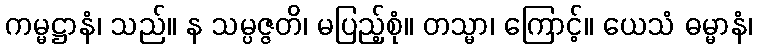
ကမ္မဋ္ဌာနံ၊ သည်။ န သမ္ပဇ္ဇတိ၊ မပြည့်စုံ။ တသ္မာ၊ ကြောင့်။ ယေသံ ဓမ္မာနံ၊